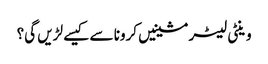
وینٹی لیٹر مشینیں کرونا سے کیسے لڑیں گی؟